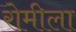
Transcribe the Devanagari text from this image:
रोमीला